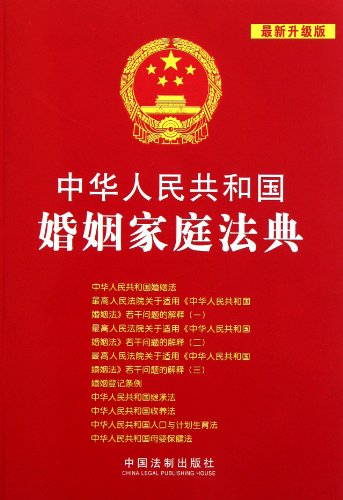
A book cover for Marriage Law of the People's Republic of China-the newest updated version 5 (Chinese Edition); Ben She; Law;